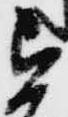
を